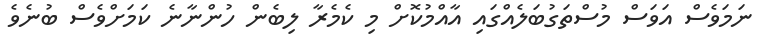
ނަމަވެސް އަވަސް މުސްތަގުބަލެއްގައި އާއްމުކޮށް މި ކެމެރާ ލިބެން ހުންނާނެ ކަމަށްވެސް ބުނެވެ